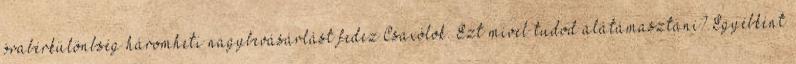
órabérkülönbség háromheti nagybevásárlást fedez.Csaxólok. Ezt mivel tudod alátámasztani? Egyébként